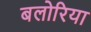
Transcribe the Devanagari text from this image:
बलोरिया